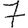
Digit: 7